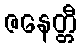
ဇနေတ္တီ